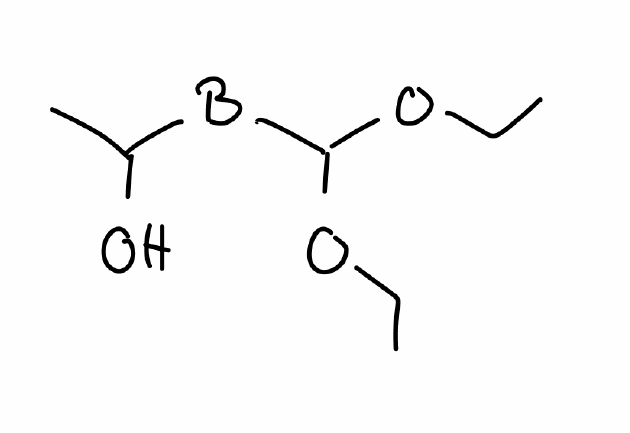
Simplified molecular-input line-entry system (SMILES) notation of the given molecule:
[B](C(C)O)C(OCC)OCC